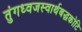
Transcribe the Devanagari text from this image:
तुंगध्वजस्वार्थबद्धकोटि